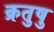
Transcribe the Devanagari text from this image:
क्रतुषु